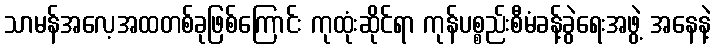
သာမန်အလေ့အထတစ်ခုဖြစ်ကြောင်း ကုထုံးဆိုင်ရာ ကုန်ပစ္စည်းစီမံခန့်ခွဲရေးအဖွဲ့ အနေနဲ့